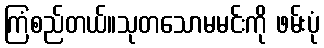
ကြံစည်တယ်။သုတသောမမင်းကို ဖမ်းပုံ